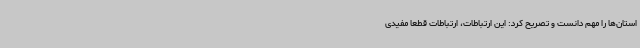
استان‌ها را مهم دانست و تصریح کرد: این ارتباطات، ارتباطات قطعا مفیدی